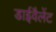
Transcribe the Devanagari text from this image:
डाईवैलेंट